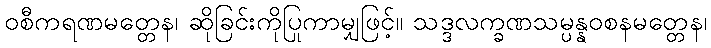
ဝစီကရဏမတ္တေန၊ ဆိုခြင်းကိုပြုကာမျှဖြင့်။ သဒ္ဒလက္ခဏသမ္ပန္နဝစနမတ္တေန၊